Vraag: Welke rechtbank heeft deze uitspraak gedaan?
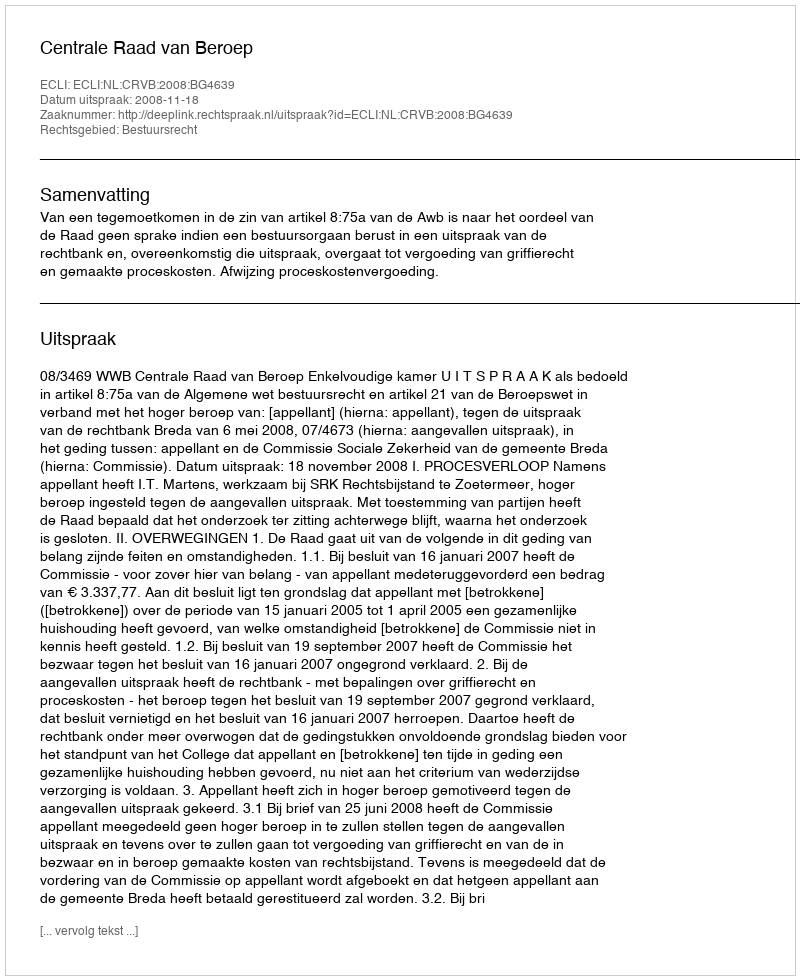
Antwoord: Centrale Raad van Beroep